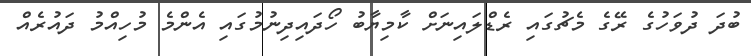
ބުދަ ދުވަހުގެ ރޭގެ މެޗުގައި ރެޑްލައިނަށް ކާމިޔާބު ހޯދައިދިނުމުގައި އެންމެ މުހިއްމު ދައުރެއް